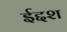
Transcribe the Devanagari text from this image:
ईद्दश